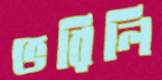
ভরিলি